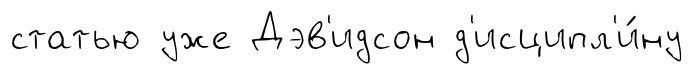
статью уже Дэв'идсон д'исципл'и́ну